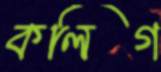
কলিগ